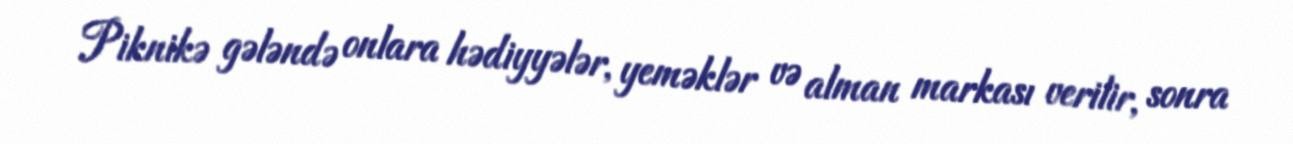
Piknikə gələndə onlara hədiyyələr, yeməklər və alman markası verilir, sonra